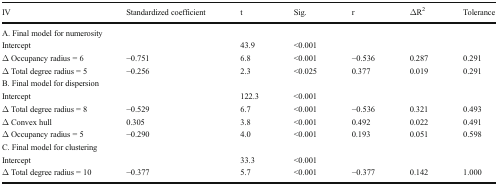
<table><thead><tr><td><b>IV</b></td><td><b>Standardized coefficient</b></td><td><b>t</b></td><td><b>Sig.</b></td><td><b>r</b></td><td><b>ΔR<sup>2</sup></b></td><td><b>Tolerance</b></td></tr></thead><tbody><tr><td colspan="7">A. Final model for numerosity</td></tr><tr><td>Intercept</td><td></td><td>43.9</td><td>&lt;0.001</td><td></td><td></td><td></td></tr><tr><td>Δ Occupancy radius = 6</td><td>−0.751</td><td>6.8</td><td>&lt;0.001</td><td>−0.536</td><td>0.287</td><td>0.291</td></tr><tr><td>Δ Total degree radius = 5</td><td>−0.256</td><td>2.3</td><td>&lt;0.025</td><td>0.377</td><td>0.019</td><td>0.291</td></tr><tr><td colspan="7">B. Final model for dispersion</td></tr><tr><td>Intercept</td><td></td><td>122.3</td><td>&lt;0.001</td><td></td><td></td><td></td></tr><tr><td>Δ Total degree radius = 8</td><td>−0.529</td><td>6.7</td><td>&lt;0.001</td><td>−0.536</td><td>0.321</td><td>0.493</td></tr><tr><td>Δ Convex hull</td><td>0.305</td><td>3.8</td><td>&lt;0.001</td><td>0.492</td><td>0.022</td><td>0.491</td></tr><tr><td>Δ Occupancy radius = 5</td><td>−0.290</td><td>4.0</td><td>&lt;0.001</td><td>0.193</td><td>0.051</td><td>0.598</td></tr><tr><td colspan="7">C. Final model for clustering</td></tr><tr><td>Intercept</td><td></td><td>33.3</td><td>&lt;0.001</td><td></td><td></td><td></td></tr><tr><td>Δ Total degree radius = 10</td><td>−0.377</td><td>5.7</td><td>&lt;0.001</td><td>−0.377</td><td>0.142</td><td>1.000</td></tr></tbody></table>